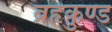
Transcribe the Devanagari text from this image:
ब्रहृकुण्ड